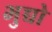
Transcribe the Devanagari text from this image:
भुच्चो